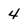
Character: 4